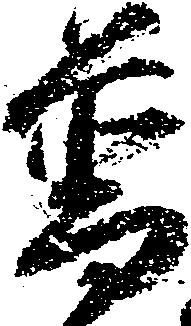
普